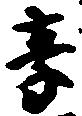
享